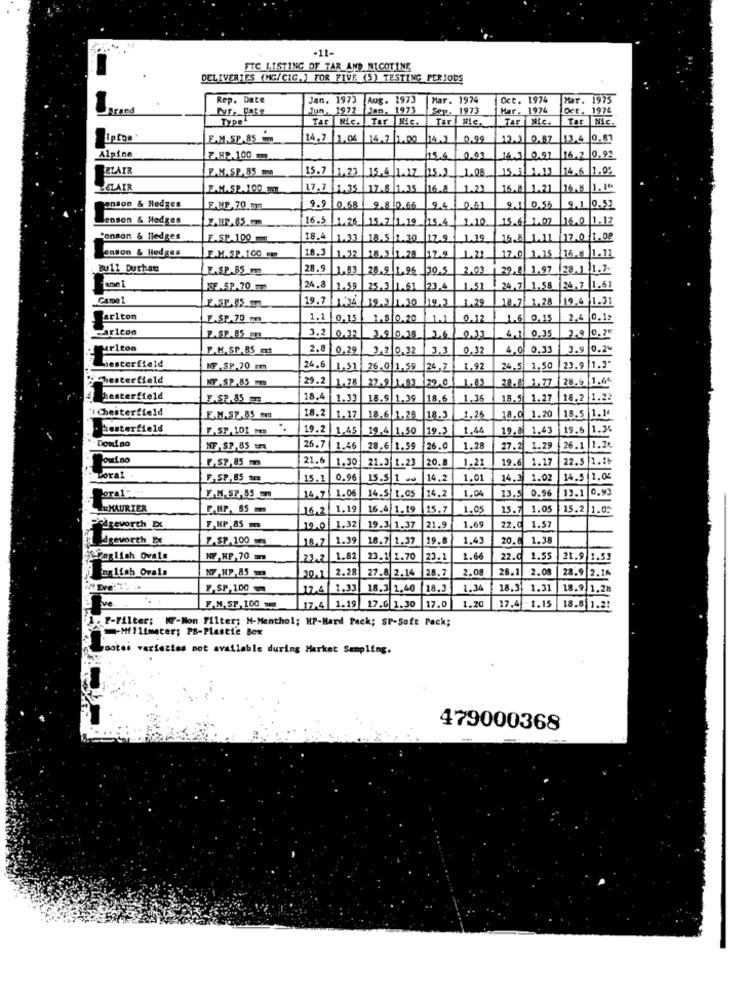
-11-
FTC LISTING OF TAR AND NICOTINE
DELIVERIES (MG/CIG.) FOR FIVE (5) TESTING PERIODS
Rep. Date
Jan. 1973
Aug. 1973
Mar. 1974
Oct. 1974
Har. 1975
Brand
Jun. 1972
Jan, 1973
Sep. 1973
Har. 1974
Oct. 1974
Type"
Tar |Nic. Tar Nic.
Tar | XIc.
Tar Nic.
Tar Nic.
Ipipe
E.M.SP.85
14.7 2.04
14.7
1.04
14.2 1.00 14.1
0.99
12.3 0.87
13.4 0.87
Alpine
Z.HP.100 m
15.4
0.03
141/091
16.2 0.92
BELAIR
F.M.S.P.85 m
15.7
11.23
15.3 1.13 146 1.02
15.4 1.17 15.2 1.08
ZELAIR
M.SP.100 1En
17.7
1.35 17.8 1.35 16.8
1.21
16.8 1.21 16.8 1.1º
anson & Hedges
E.HP,70 m
0.68
9.8 0.66
2.4 051
9.1 0.56
9.1 0.53
enson & Hedges
ZAHR.85
15.6 1.07 16.0 1.12
16.5 1.26 15.7 1.19 15.4 2.10
Conston & fledges
E.SP.100 ml
18.
1.33 18.5 1.30 12.0 1.19
16.8 1.11 12.0 1.08
enson & Hedges
18.5
E.M.SP.1.00 mm
1.32
18.1 1.28 12.9
1.22
17.0 1.15 16.5 1.11
Bu11 Duthat
E.SP.85 m
28,9
28.9 1.96 30,5
2.03
29.8 1.97 28. 1 1.2.
OF SP.70 m
24.8
1.59
25,3 1.61 23.4 1.51
24, 7 1.58 24.7 1.61
Came 2
19.7
18.7| 1.28
19.4 -1.31
19.3 1.20 19.3 1.29
Carlton
F.SP.70 m
1.1 0.15 1.810.20
0.12
1.6 0.15
2,4 0.12
Carlcon
.SP.85 mm
3.2 0.32 3.9 0.38 3.6
4,1 0.35
3.9 0.25
urlton
P.M.SP.85 qt
2.8 0.29
3.2 0.32
3,3
0.32
4,0 0.33
3.9 0.2%
Liesterfield
NF-SP.70 cm
24,6
1.51 26.0 1.59 |26,7
1,92
24.5 1.50
23.9 1.3"
chesterfield
29.2
28.5 1.6€
NF-SP.85
1.78 27.9 1.53 22.0
28. 1.77
Chesterfield
F.SP. 85
18.4
1.33
18.9 1.39
18.6
1.36
18.5 1.27
18.2 1.22
"I Cheiterfield
18.2
E.M.SP.85 mm
1.17
18.6 1.28
18.3
1.25
18.0 1.20
18.5|1.1
besterfield
F.ST.101.
19.2 1.45
19.4 1.50
19.3
1.44
19.8 1.43 19.6 1.34
Domino
NF, SP,85
26.7 1.46
28,6 1.59
126.ª
1.28
27.2 1.29 26.1 1.2.
Foutno
₡-57,85 m
21.6 1.30
20.
1.21
19.6
1.17
22.5 1.2₺
21.3 1.23
Torat
F.SP, 85 m
15.1 0.96
15.5 1 +
14,2
1.01
14.3
1.02
14.5 1.05
Para1" ...
14.2
13.5
0.96
13.1 0.93
Y.M. SP,85 m
14.7 1.06
14.5 1.95
DuMAURIER
E.HP, 85m
16.2 1.19
16.4 1.19
15.1
1.05
15.7
1.05
15.2 1.0:
Pedgeworth Exc
F.HP 85 m
19.0 1.32
19.3 1.37
21.9
1.6
22.0
1.57
Ldrevorth Ex
F.SP.100
18.7 1.39
18.7 1.37
19.8
1.4
20.8
1.38
english Ovals
NE , HP,70 m
23.2 1.82
23.1 1.70
23.1
1.6
22.0
1.55
21.9 1.53
nglish Ovals
28.7
2.0
2.08
28.9 2.16
NF -HP.85
30.1 2.28
27.8 2.14
F.SP, 100
12.4 1.33
18.3 1,40
18.3
1.34
18.31
1.3
18.9 1.28
17.4 1.19 17.6 1.30 17.0
1.20
17.4 -1.15
18.8 1.2!
F-Filter; WFF-Non Filter; N-Menthol; HP-Hard Pack; SP-Soft Pack;
-Millimeter; PB-Plastie Box
Gostei varieties not available during Market Sampling.
479000368
-